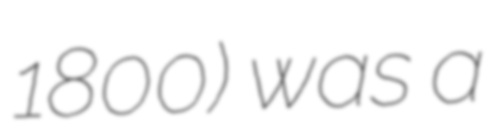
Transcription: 1800) was a